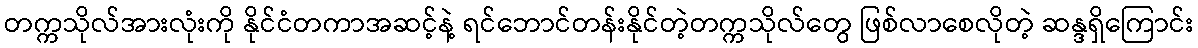
တက္ကသိုလ်အားလုံးကို နိုင်ငံတကာအဆင့်နဲ့ ရင်ဘောင်တန်းနိုင်တဲ့တက္ကသိုလ်တွေ ဖြစ်လာစေလိုတဲ့ ဆန္ဒရှိကြောင်း